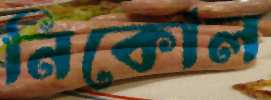
নিকোল